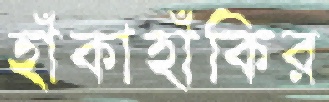
হাঁকাহাঁকির